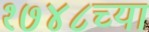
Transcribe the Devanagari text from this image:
१७४८च्या